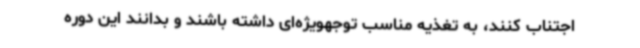
اجتناب کنند، به تغذیه مناسب توجهویژه‌ای داشته باشند و بدانند این دوره